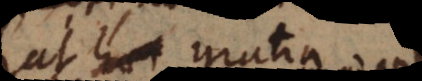
ut verbi gratia